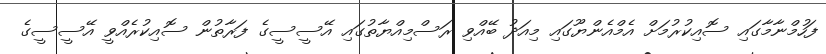
ފަހުމްނާމާގައި ސޮއިކުރުމަށް އެމްއެންޔޫގައި މިއަދު ބޭއްވި ރަސްމިއްޔާތުގައި އޭސީސީގެ ފަރާތުން ސޮއިކުރެއްވީ އޭސީސީގެ